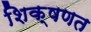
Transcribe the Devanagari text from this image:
शिक्षणत